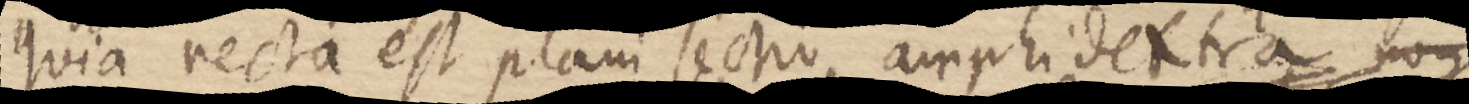
quia recta est plani sechi amphidextra non